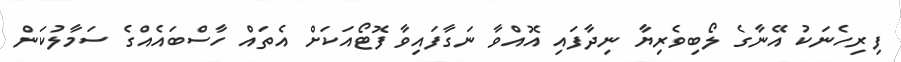
ފިރިހެނަކު އޭނާގެ ލޯބިވެރިޔާ ނިދާފައި އޮއްވާ ނަގާފައިވާ ފޮޓޯއަކަށް އެތައް ހާސްބައެއްގެ ސަމާލުކަން